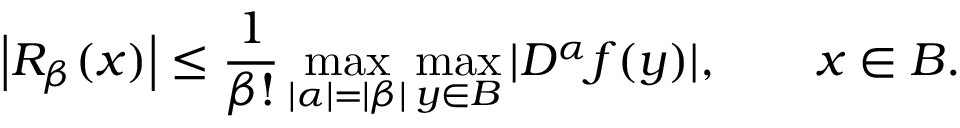
\left| R _ { \beta } ( { \boldsymbol { x } } ) \right| \leq { \frac { 1 } { \beta ! } } \operatorname* { m a x } _ { | \alpha | = | \beta | } \operatorname* { m a x } _ { { \boldsymbol { y } } \in B } | D ^ { \alpha } f ( { \boldsymbol { y } } ) | , \qquad { \boldsymbol { x } } \in B .